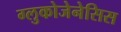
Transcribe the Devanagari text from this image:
ग्लुकोजेनेसिस